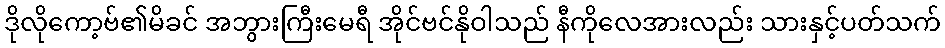
ဒိုလိုကော့ဗ်၏မိခင် အဘွားကြီးမေရီ အိုင်ဗင်နိုဝါသည် နီကိုလေအားလည်း သားနှင့်ပတ်သက်